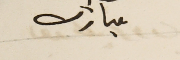
مبارك